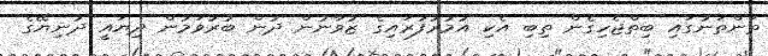
ތަންތަނުގައި ބިތްޖެހިގެން ތިބި އެކި އުމުރުފުރައިގެ ޒުވާނުން ދުން ބުރުވަމުން ދިޔައީ ދުނިޔޭގެ